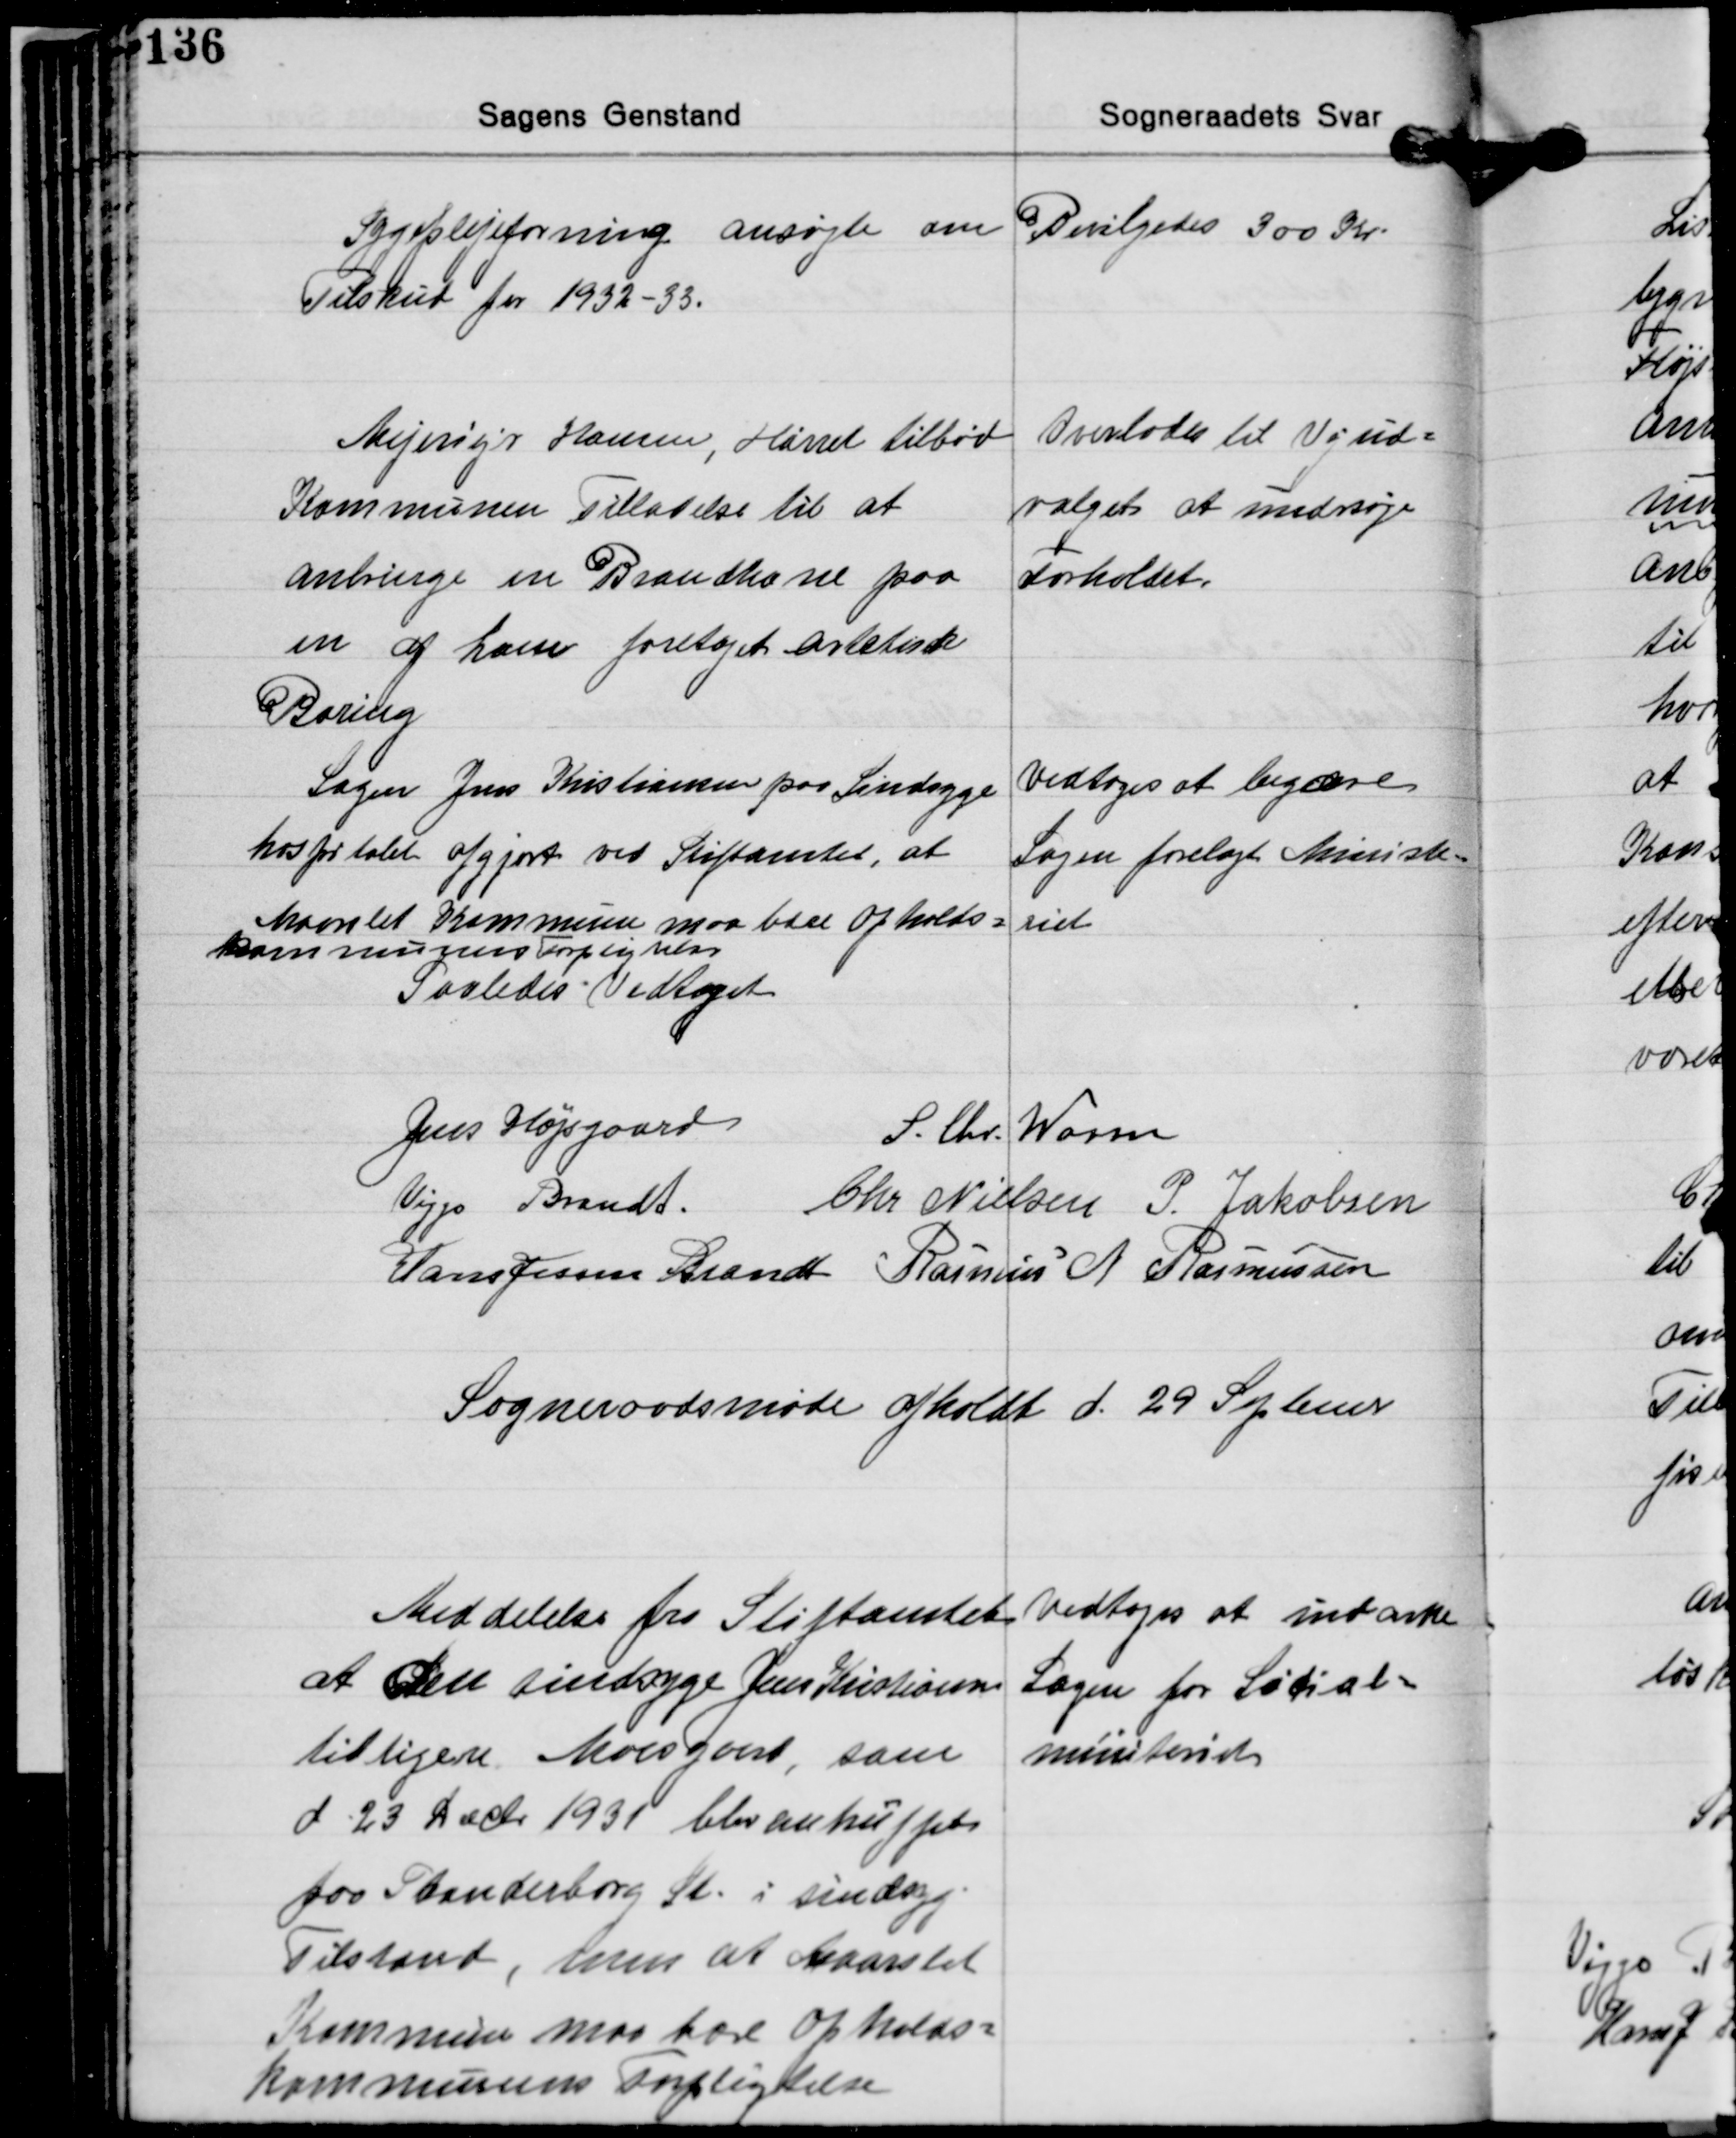
Transskription:
Sygeplejeforening ansøgte om
Tilskud for 1932-33.

Bevilgedes 300 Kr.

Mejeriejer Hansen, Hørret tilbød
Kommunen Tilladelse til at
anbringe en Brandhane paa
en af ham foretaget artetisk
Boring

Overlodes til Vejud-
valget at undersøge
Forholdet.

Sagen Jens Kristiansen paa Sindsyge-
hospitalet afgjort ved Stiftamtet, at
Maarslet Kommune maa bære Opholds-
kommunens Forpligtelse
Saaledes Vedtaget

Vedtoges at begære
Sagen forelagt Ministe-
riet

Jens Højsgaard
S. Chr. Worm
Viggo Brandt Chr. Nielsen P. Jakobsen
Hans Jessen Brandt Rasmus N. Rasmussen

Sogneraadsmøde afholdt d. 29 September

Meddelelse fra Stiftamtet
at den sindsyge Jens Kristiansen
tilligere Moesgaard, som
d. 23 Decbr. 1931 blev antruffet
paa Skanderborg St. i sindsyg
Tilstand, men at Maarslet
Kommune maa bære opholds-
kommunens Fopligtelse

vedtoges at indanke
Sagen for Social-
ministeriet